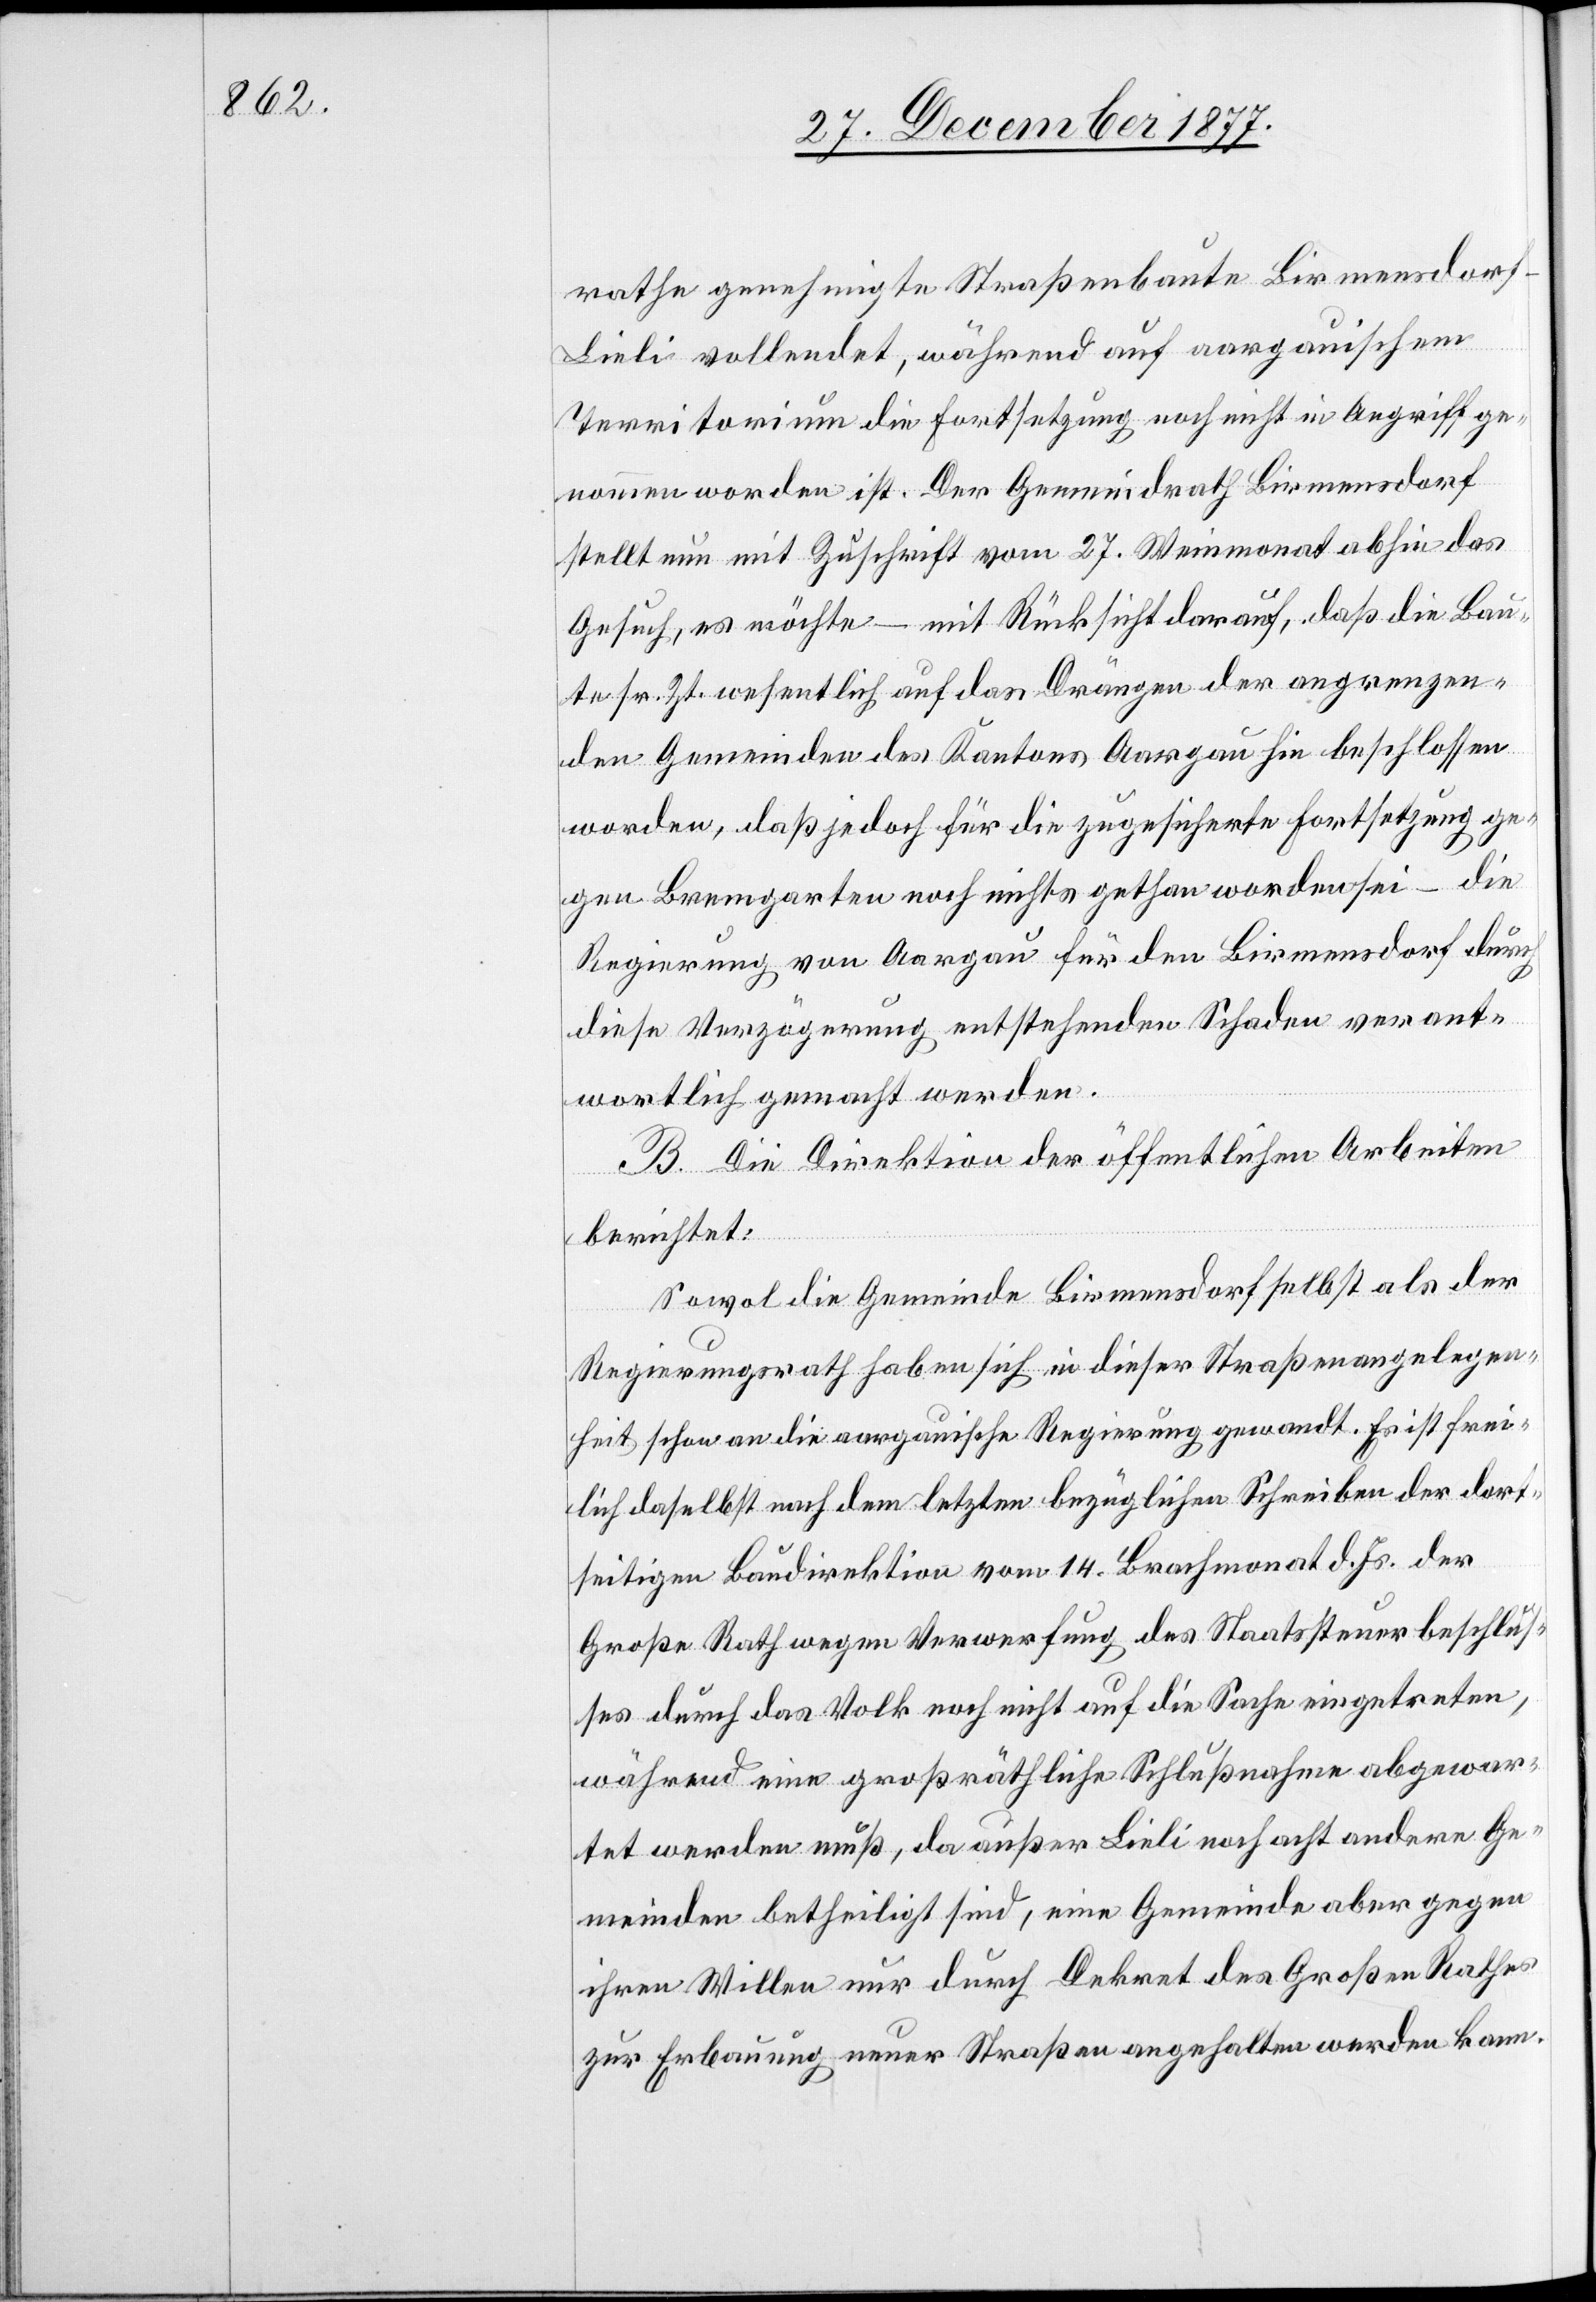
rathe genehmigte Straßenbaute Birmensdor¬
f–Lieli vollendet, während auf aargauischem
Territorium die Fortsetzung noch nicht in Angriff ge¬
nommen worden ist. Der Gemeindrath Birmensdorf
stellt nun mit Zuschrift vom 27. Weinmonat abhin das
Gesuch, es möchte – mit Rücksicht darauf, daß die Bau¬
te sr. Zt. wesentlich auf das Drängen der angrenzen¬
den Gemeinden des Kantons Aargau hin beschlossen
worden, daß jedoch für die zugesicherte Fortsetzung ge¬
gen Bremgarten noch nichts gethan worden sei – die
Regierung von Aargau für den Birmensdorf durch
diese Verzögerung entstehenden Schaden verant¬
wortlich gemacht werden.
B. Die Direktion der öffentlichen Arbeiten
berichtet:
Sowol die Gemeinde Birmensdorf selbst als der
Regierungsrath haben sich in dieser Straßenangelegen¬
heit schon an die aargauische Regierung gewandt. Es ist frei¬
lich daselbst nach dem letzten bezüglichen Schreiben der dor¬
tseitigen Baudirektion vom 14. Brachmonat d. Js. der
Große Rath wegen Verwerfung des Staatssteuerbeschlus¬
ses durch das Volk noch nicht auf die Sache eingetreten,
während eine großräthliche Schlußnahme abgewar¬
tet werden muß, da außer Lieli noch acht andere Ge¬
meinden betheiligt sind, eine Gemeinde aber gegen
ihren Willen nur durch Dekret des Großen Rathes
zur Erbauung neuer Straßen angehalten werden kann.